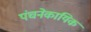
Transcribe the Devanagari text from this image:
पंचनेकायिक